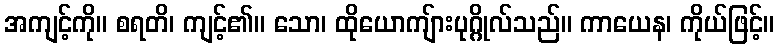
အကျင့်ကို။ စရတိ၊ ကျင့်၏။ သော၊ ထိုယောကျ်ားပုဂ္ဂိုလ်သည်။ ကာယေန၊ ကိုယ်ဖြင့်။